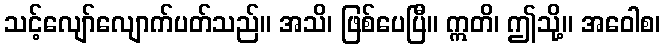
သင့်လျော်လျောက်ပတ်သည်။ အသိ၊ ဖြစ်ပေပြီ။ ဣတိ၊ ဤသို့။ အဝေါစ၊